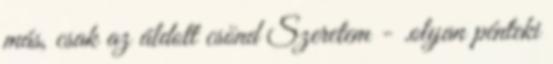
más, csak az áldott csönd Szeretem - .olyan pénteki